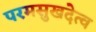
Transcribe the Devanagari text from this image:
परमसुखदेत्व